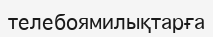
телебоямилықтарға